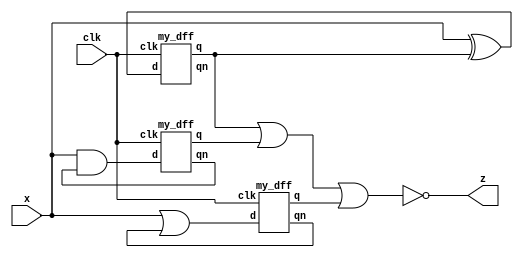
/*

Copyright 2022 Marc Ketel
SPDX-License-Identifier: Apache-2.0

*/

`default_nettype none

module top_module (
    input  wire clk,
    input  wire x,
    output wire z
);

  wire xor_i, and_i, or_i;
  wire dff1_q, dff2_q, dff3_q;
  wire dff1_qn, dff2_qn, dff3_qn;

  assign xor_i = x ^ dff1_q;
  assign and_i = x & dff2_qn;
  assign or_i  = x | dff3_qn;

  my_dff dff1 (
      clk,
      xor_i,
      dff1_q,
      dff1_qn
  );
  my_dff dff2 (
      clk,
      and_i,
      dff2_q,
      dff2_qn
  );
  my_dff dff3 (
      clk,
      or_i,
      dff3_q,
      dff3_qn
  );

  assign z = ~(dff1_q | dff2_q | dff3_q);


endmodule

module my_dff (
    input  wire clk,
    input  wire d,
    output reg  q,
    output wire qn
);

  initial begin
    q = 0;
  end

  assign qn = ~q;

  always @(posedge clk) begin
    q <= d;
  end

endmodule